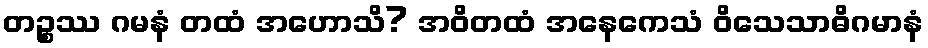
တဉ္စဿ ဂမနံ တထံ အဟောသိ? အဝိတထံ အနေကေသံ ဝိသေသာဓိဂမာနံ